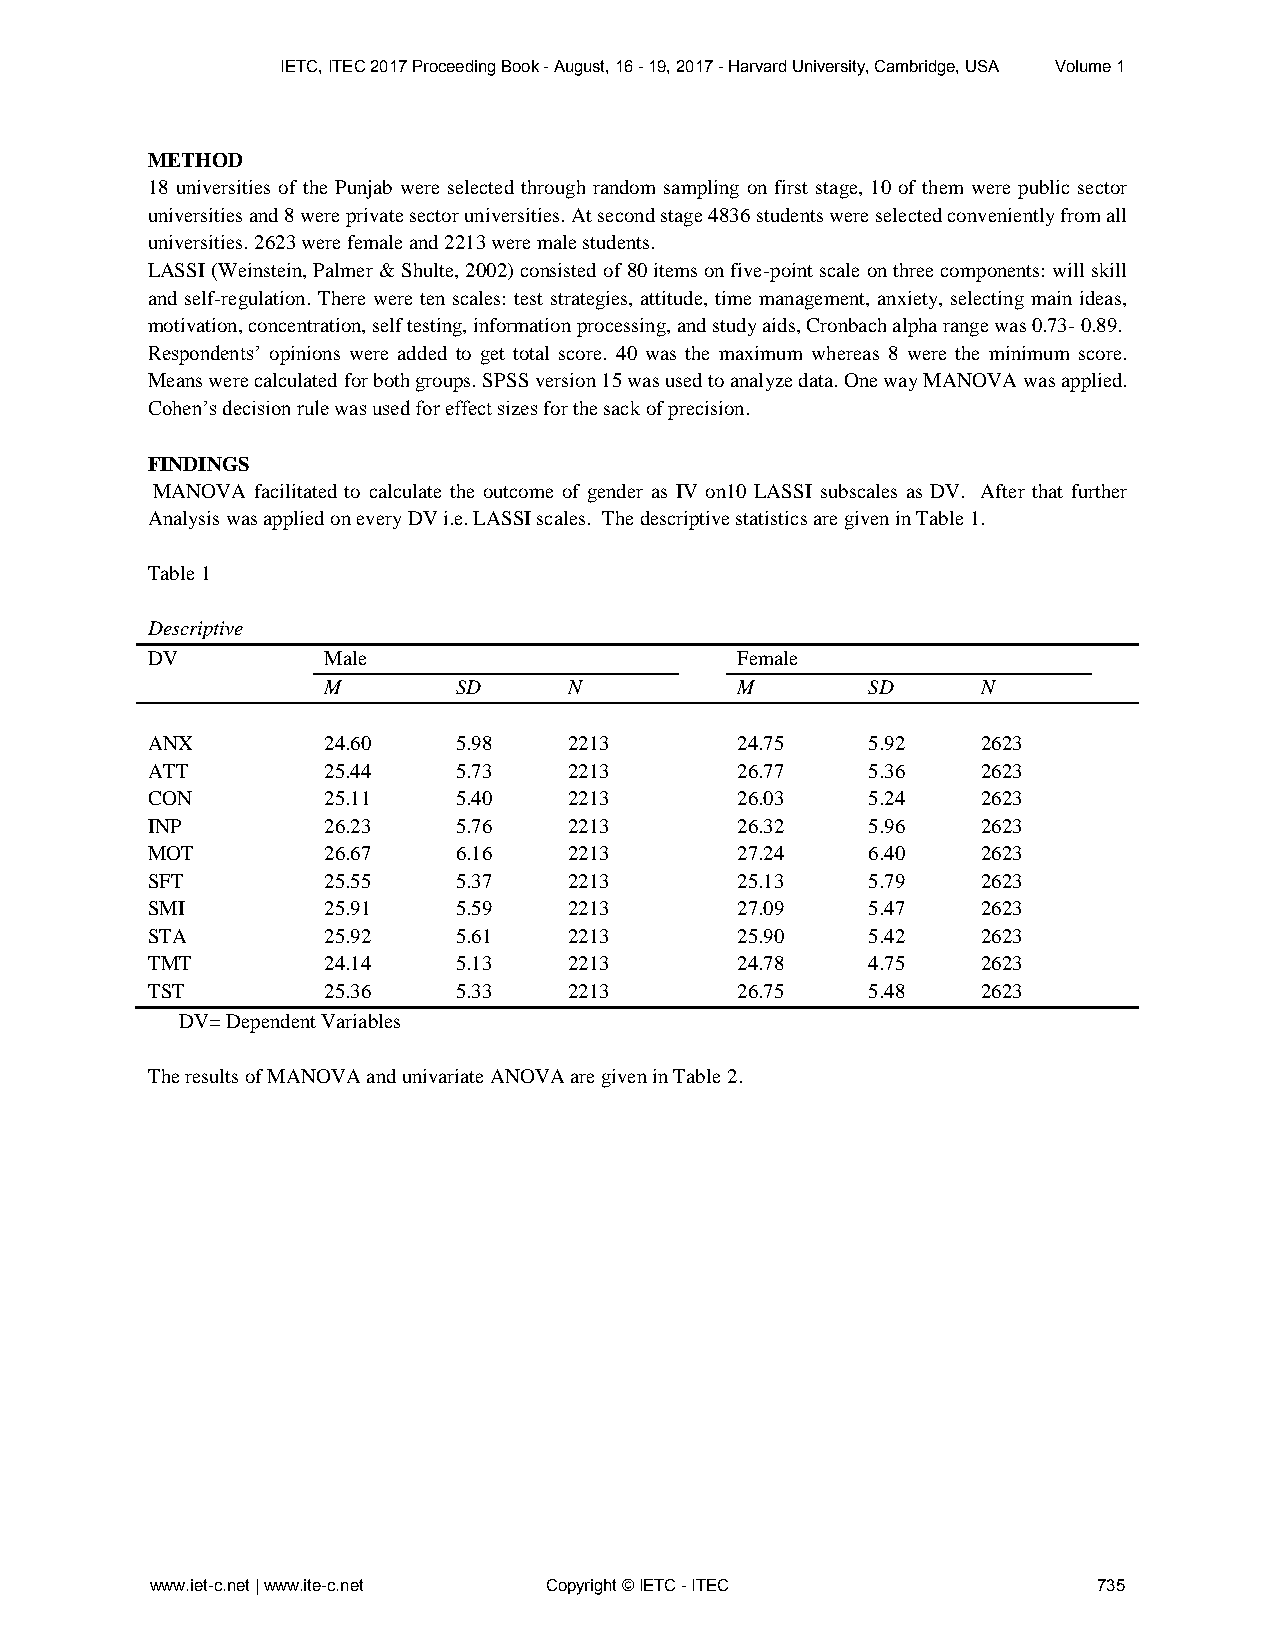
IETC, ITEC 2017 Proceeding Book - August, 16 - 19, 2017 - Harvard University, Cambridge, USA Volume 1
 METHOD
 18 universities of the Punjab were selected through random sampling on first stage, 10 of them were public sector
 universities and 8 were private sector universities. At second stage 4836 students were selected conveniently from all
 universities. 2623 were female and 2213 were male students.
 LASSI (Weinstein, Palmer & Shulte, 2002) consisted of 80 items on five-point scale on three components: will skill
 and self-regulation. There were ten scales: test strategies, attitude, time management, anxiety, selecting main ideas,
 motivation, concentration, self testing, information processing, and study aids, Cronbach alpha range was 0.73- 0.89.
 Respondents’ opinions were added to get total score. 40 was the maximum whereas 8 were the minimum score.
 Means were calculated for both groups. SPSS version 15 was used to analyze data. One way MANOVA was applied.
 Cohen’s decision rule was used for effect sizes for the sack of precision.
 FINDINGS
 MANOVA facilitated to calculate the outcome of gender as IV on10 LASSI subscales as DV. After that further
 Analysis was applied on every DV i.e. LASSI scales. The descriptive statistics are given in Table 1.
 Table 1
 Descriptive
 DV         Male                        Female
 M        SD      N          M       SD      N
 ANX        24.60    5.98    2213       24.75   5.92    2623
 ATT        25.44    5.73    2213       26.77   5.36    2623
 CON        25.11    5.40    2213       26.03   5.24    2623
 INP        26.23    5.76    2213       26.32   5.96    2623
 MOT        26.67    6.16    2213       27.24   6.40    2623
 SFT        25.55    5.37    2213       25.13   5.79    2623
 SMI        25.91    5.59    2213       27.09   5.47    2623
 STA        25.92    5.61    2213       25.90   5.42    2623
 TMT        24.14    5.13    2213       24.78   4.75    2623
 TST        25.36    5.33    2213       26.75   5.48    2623
 DV= Dependent Variables
 The results of MANOVA and univariate ANOVA are given in Table 2.
 www.iet-c.net | www.ite-c.net Copyright © IETC - ITEC          735